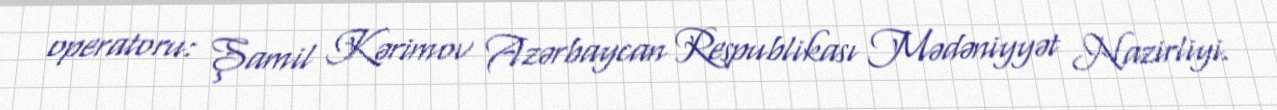
operatoru: Şamil Kərimov Azərbaycan Respublikası Mədəniyyət Nazirliyi.